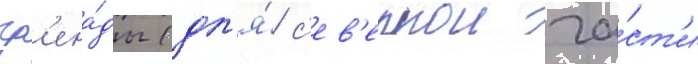
гр'ена́ды (дл'я́ с'ев'ернои ча́ст'и